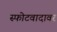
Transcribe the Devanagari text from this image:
स्फोटवादावर